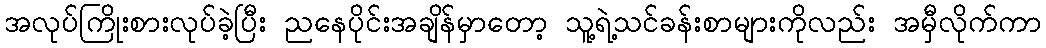
အလုပ်ကြိုးစားလုပ်ခဲ့ပြီး ညနေပိုင်းအချိန်မှာတော့ သူ့ရဲ့သင်ခန်းစာများကိုလည်း အမှီလိုက်ကာ